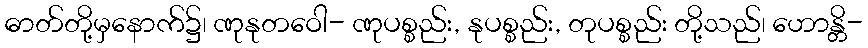
ဓာတ်တို့မှနောက်၌၊ ဏုနုတဝေါ- ဏုပစ္စည်း, နုပစ္စည်း, တုပစ္စည်း တို့သည်၊ ဟောန္တိ-